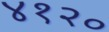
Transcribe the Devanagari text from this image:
४१२०